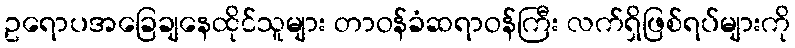
ဥရောပအခြေချနေထိုင်သူများ တာဝန်ခံဆရာဝန်ကြီး လက်ရှိဖြစ်ရပ်များကို